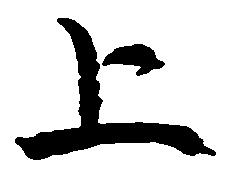
上